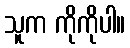
သူက ကိုကိုပါ။